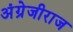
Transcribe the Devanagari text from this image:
अंग्रेजीराज